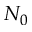
N _ { 0 }